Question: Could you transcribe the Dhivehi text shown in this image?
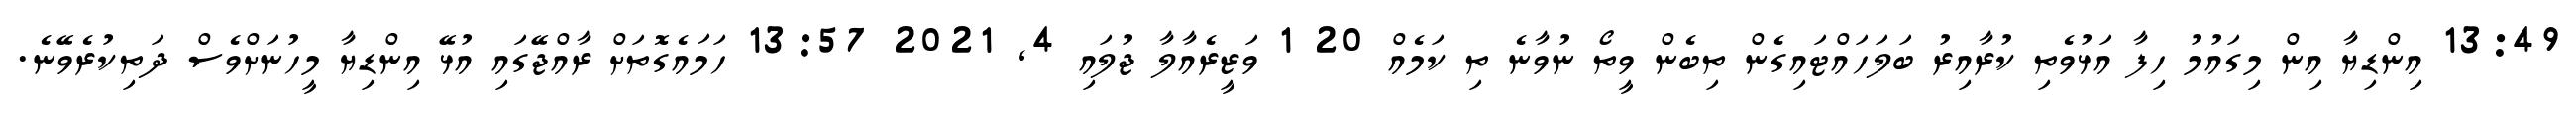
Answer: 13:49 އިންޑިޔާ އިން މިގައުމު ހިފާ އަޅުވެތި ކުރާއިރު ބަލަހައްޓައިގެން ތިބެން ވީތޯ ނުވާނެ ތި ކަމެއް 20 1 ވަޒީރެއާލާ ޖުލައި 4, 2021 13:57 ހަމައެގޮތަށް ރާއްޖޭގައި އުޅޭ އިންޑިޔާ މީހުނަށްވެސް ދަތިކުރެވޭނެ.